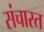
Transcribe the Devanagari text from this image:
संचारत